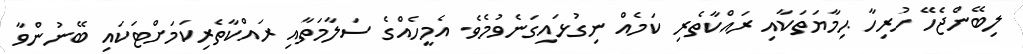
ލިބޭންޖެހޭ ހުރިހާ ޙިމާޔަތަކާއި ރައްކާތެރި ކަމެއް ނިގުޅައިގަނެވުމެވެ. އެމީހެއްގެ ސަލާމަތާއި ރައްކާތެރިކަމަށްޓަކައި ބޭނުންވާ